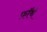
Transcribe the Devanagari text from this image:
फ़ाॅर्थ